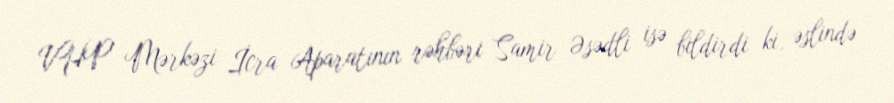
VHP Mərkəzi İcra Aparatının rəhbəri Samir Əsədli isə bildirdi ki, əslində